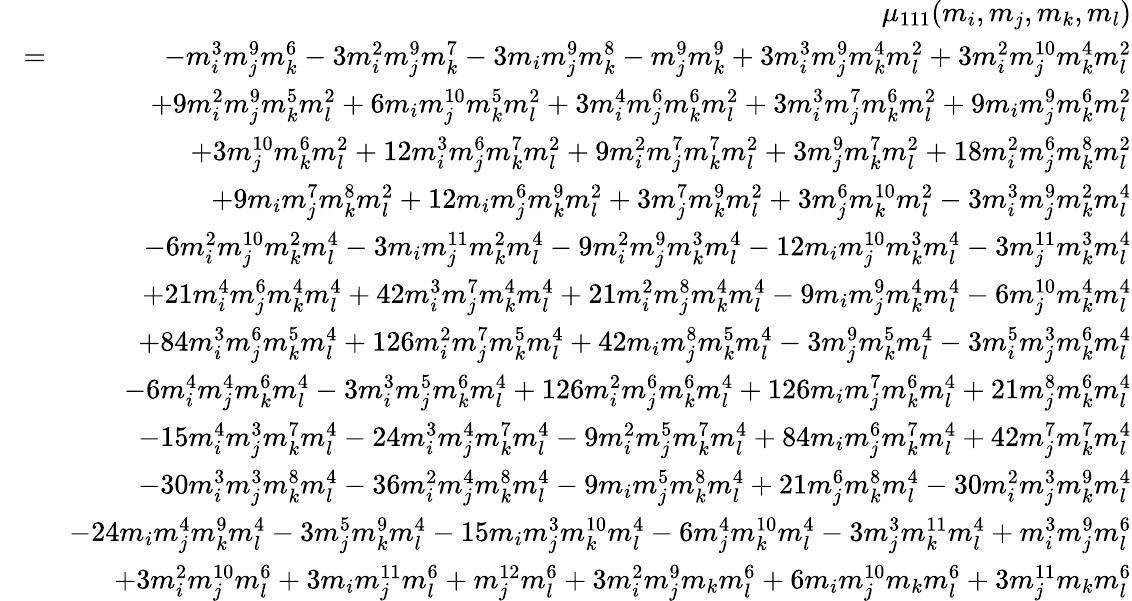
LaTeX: \begin{array}{rlr}&{}&{\mu_{111}(m_{i},m_{j},m_{k},m_{l})}\\ &{\! =\! }&{-m_{i}^{3}m_{j}^{9}m_{k}^{6}-3m_{i}^{2}m_{j}^{9}m_{k}^{7}-3m_{i}m_{j}^{9}m_{k}^{8}-m_{j}^{9}m_{k}^{9}+3m_{i}^{3}m_{j}^{9}m_{k}^{4}m_{l}^{2}+3m_{i}^{2}m_{j}^{10}m_{k}^{4}m_{l}^{2}}\\ &{}&{+9m_{i}^{2}m_{j}^{9}m_{k}^{5}m_{l}^{2}+6m_{i}m_{j}^{10}m_{k}^{5}m_{l}^{2}+3m_{i}^{4}m_{j}^{6}m_{k}^{6}m_{l}^{2}+3m_{i}^{3}m_{j}^{7}m_{k}^{6}m_{l}^{2}+9m_{i}m_{j}^{9}m_{k}^{6}m_{l}^{2}}\\ &{}&{+3m_{j}^{10}m_{k}^{6}m_{l}^{2}+12m_{i}^{3}m_{j}^{6}m_{k}^{7}m_{l}^{2}+9m_{i}^{2}m_{j}^{7}m_{k}^{7}m_{l}^{2}+3m_{j}^{9}m_{k}^{7}m_{l}^{2}+18m_{i}^{2}m_{j}^{6}m_{k}^{8}m_{l}^{2}}\\ &{}&{+9m_{i}m_{j}^{7}m_{k}^{8}m_{l}^{2}+12m_{i}m_{j}^{6}m_{k}^{9}m_{l}^{2}+3m_{j}^{7}m_{k}^{9}m_{l}^{2}+3m_{j}^{6}m_{k}^{10}m_{l}^{2}-3m_{i}^{3}m_{j}^{9}m_{k}^{2}m_{l}^{4}}\\ &{}&{-6m_{i}^{2}m_{j}^{10}m_{k}^{2}m_{l}^{4}-3m_{i}m_{j}^{11}m_{k}^{2}m_{l}^{4}-9m_{i}^{2}m_{j}^{9}m_{k}^{3}m_{l}^{4}-12m_{i}m_{j}^{10}m_{k}^{3}m_{l}^{4}-3m_{j}^{11}m_{k}^{3}m_{l}^{4}}\\ &{}&{+21m_{i}^{4}m_{j}^{6}m_{k}^{4}m_{l}^{4}+42m_{i}^{3}m_{j}^{7}m_{k}^{4}m_{l}^{4}+21m_{i}^{2}m_{j}^{8}m_{k}^{4}m_{l}^{4}-9m_{i}m_{j}^{9}m_{k}^{4}m_{l}^{4}-6m_{j}^{10}m_{k}^{4}m_{l}^{4}}\\ &{}&{+84m_{i}^{3}m_{j}^{6}m_{k}^{5}m_{l}^{4}+126m_{i}^{2}m_{j}^{7}m_{k}^{5}m_{l}^{4}+42m_{i}m_{j}^{8}m_{k}^{5}m_{l}^{4}-3m_{j}^{9}m_{k}^{5}m_{l}^{4}-3m_{i}^{5}m_{j}^{3}m_{k}^{6}m_{l}^{4}}\\ &{}&{-6m_{i}^{4}m_{j}^{4}m_{k}^{6}m_{l}^{4}-3m_{i}^{3}m_{j}^{5}m_{k}^{6}m_{l}^{4}+126m_{i}^{2}m_{j}^{6}m_{k}^{6}m_{l}^{4}+126m_{i}m_{j}^{7}m_{k}^{6}m_{l}^{4}+21m_{j}^{8}m_{k}^{6}m_{l}^{4}}\\ &{}&{-15m_{i}^{4}m_{j}^{3}m_{k}^{7}m_{l}^{4}-24m_{i}^{3}m_{j}^{4}m_{k}^{7}m_{l}^{4}-9m_{i}^{2}m_{j}^{5}m_{k}^{7}m_{l}^{4}+84m_{i}m_{j}^{6}m_{k}^{7}m_{l}^{4}+42m_{j}^{7}m_{k}^{7}m_{l}^{4}}\\ &{}&{-30m_{i}^{3}m_{j}^{3}m_{k}^{8}m_{l}^{4}-36m_{i}^{2}m_{j}^{4}m_{k}^{8}m_{l}^{4}-9m_{i}m_{j}^{5}m_{k}^{8}m_{l}^{4}+21m_{j}^{6}m_{k}^{8}m_{l}^{4}-30m_{i}^{2}m_{j}^{3}m_{k}^{9}m_{l}^{4}}\\ &{}&{-24m_{i}m_{j}^{4}m_{k}^{9}m_{l}^{4}-3m_{j}^{5}m_{k}^{9}m_{l}^{4}-15m_{i}m_{j}^{3}m_{k}^{10}m_{l}^{4}-6m_{j}^{4}m_{k}^{10}m_{l}^{4}-3m_{j}^{3}m_{k}^{11}m_{l}^{4}+m_{i}^{3}m_{j}^{9}m_{l}^{6}}\\ &{}&{+3m_{i}^{2}m_{j}^{10}m_{l}^{6}+3m_{i}m_{j}^{11}m_{l}^{6}+m_{j}^{12}m_{l}^{6}+3m_{i}^{2}m_{j}^{9}m_{k}m_{l}^{6}+6m_{i}m_{j}^{10}m_{k}m_{l}^{6}+3m_{j}^{11}m_{k}m_{l}^{6}}\end{array}